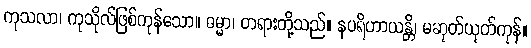
ကုသလာ၊ ကုသိုလ်ဖြစ်ကုန်သော။ ဓမ္မာ၊ တရားတို့သည်။ နပရိဟာယန္တိ၊ မဆုတ်ယုတ်ကုန်။